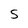
Character: S